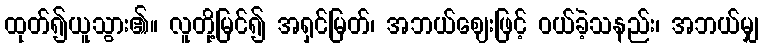
ထုတ်၍ယူသွား၏။ လူတို့မြင်၍ အရှင်မြတ်၊ အဘယ်ဈေးဖြင့် ဝယ်ခဲ့သနည်း၊ အဘယ်မျှ